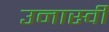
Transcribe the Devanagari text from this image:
उनास्वी